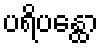
ပရိပန္ထော